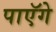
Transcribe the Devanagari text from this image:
पाएॅगे